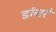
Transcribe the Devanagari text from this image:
डांगरे